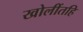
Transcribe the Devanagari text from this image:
खोलींतहि